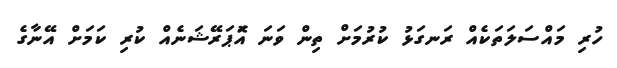
ހުރި މައްސަލަތަކެއް ރަނގަޅު ކުރުމަށް ތިން ވަނަ އޮަޕަރޭޝަނެއް ކުރި ކަމަށް އޭނާގެ